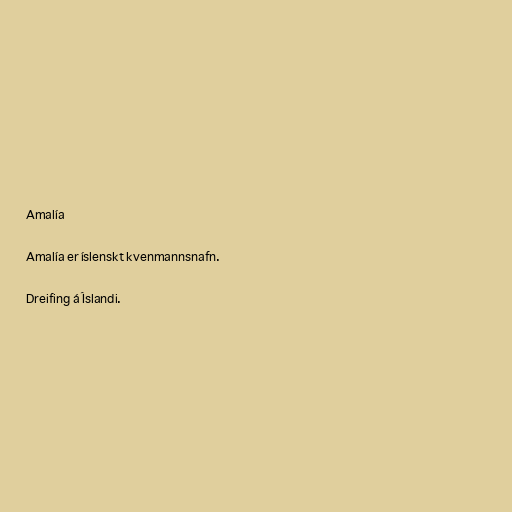
Amalía

Amalía er íslenskt kvenmannsnafn.

Dreifing á Íslandi.